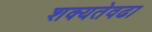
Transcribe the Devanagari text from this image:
शक्यतेवढा